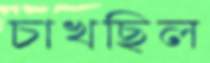
চাখছিল